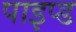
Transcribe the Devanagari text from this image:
पाइप्ड